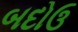
બદોઉ